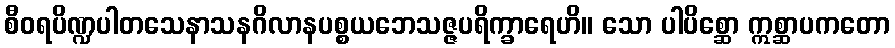
စီဝရပိဏ္ဍပါတသေနာသနဂိလာနပစ္စယဘေသဇ္ဇပရိက္ခာရေဟိ။ သော ပါပိစ္ဆော ဣစ္ဆာပကတော